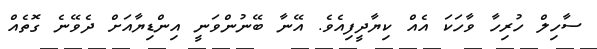
ސާހިލް ހުރިހާ ވާހަކަ އެއް ކިޔާދީފިއެވެ. އޭނާ ބޭނުންވަނީ އިންޑިޔާއަށް ދެވޭނެ ގޮތެއް